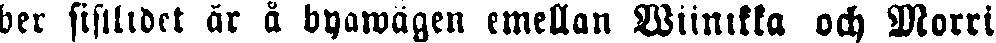
ber sistlidet är å byawägen emellan Wiinikka och Morri